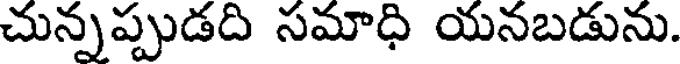
చున్నప్పుడది సమాధి యనబడును.